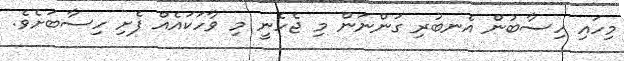
މިހައި ހިސާބުން އެނބުރި ގަންނަން މި ޖެހެނީ މި ވާހަކައެއް ފެށި ހިސާބަށެވެ.